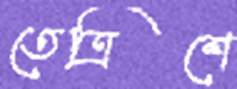
তেত্রিশে